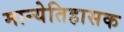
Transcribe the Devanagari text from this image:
मान्येतिहासक